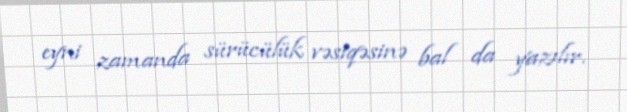
eyni zamanda sürücülük vəsiqəsinə bal da yazılır.